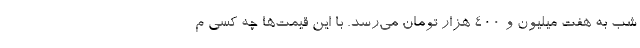
شب به هفت میلیون و ۴۰۰ هزار تومان می‌رسد. با این قیمت‌ها چه کسی م